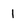
Character: 1